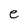
Character: e